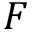
F